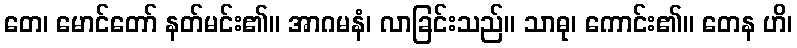
တေ၊ မောင်တော် နတ်မင်း၏။ အာဂမနံ၊ လာခြင်းသည်။ သာဓု၊ ကောင်း၏။ တေန ဟိ၊